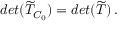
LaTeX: d e t ( \widetilde { T } _ { C _ { 0 } } ) = d e t ( \widetilde { T } ) \, .